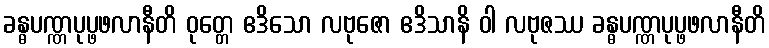
ခန္ဓပဏ္ဏပုပ္ဖဖလာနီတိ ဝုတ္တေ ဧဒိသော လဗုဇော ဧဒိသာနိ ဝါ လဗုဇဿ ခန္ဓပဏ္ဏပုပ္ဖဖလာနီတိ